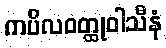
ကပိလဝတ္ထုဝါသီနံ